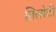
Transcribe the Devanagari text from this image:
तिलोटी